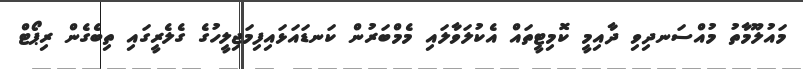
މައުލޫމާތު މުއްސަނދިވި ދާއިމީ ކޮމިޓީތައް އެކުލަވާލައި މެމްބަރުން ކަނޑައަޅައިފިމަޖިލީހުގެ ގެލެރީގައި ތިބެގެން ރިޕޯޓް